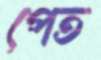
পেত